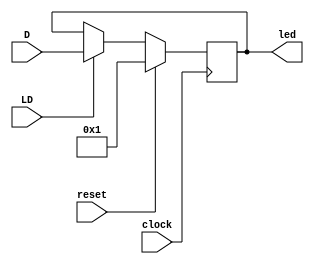
`timescale 1ns / 1ps
//////////////////////////////////////////////////////////////////////////////////
//
// Module Name: LED
//
// Description: LED contains the register used by the TramelBlaze to facilitate the
// LED walkdown.
// 
// 
//////////////////////////////////////////////////////////////////////////////////


module LED(
    input clock,
    input reset,
    input [15:0] D,
    input LD,
    output reg [15:0] led
    );
    
    always @ (posedge clock)
        begin
        if (reset)
            led <= 16'h0001;
        else if (LD)
            led <= D;
        else
            led <= led;
        end
    
endmodule